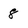
Character: 8